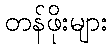
တန်ဖိုးများ